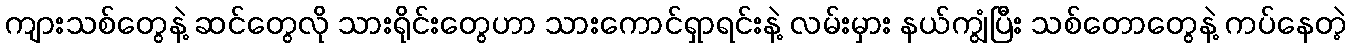
ကျားသစ်တွေနဲ့ ဆင်တွေလို သားရိုင်းတွေဟာ သားကောင်ရှာရင်းနဲ့ လမ်းမှား နယ်ကျွံပြီး သစ်တောတွေနဲ့ ကပ်နေတဲ့